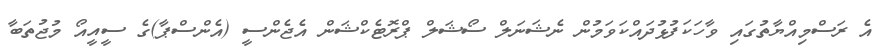
އެ ރަސްމިއްޔާތުގައި ވާހަކަފުޅުދައްކަވަމުން ނެޝަނަލް ސޯޝަލް ޕްރޮޓެކްޝަން އެޖެންސީ (އެންސްޕާ)ގެ ސީއީއޯ މުޖުތަބާ